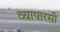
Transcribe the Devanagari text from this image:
व्यापारसी